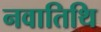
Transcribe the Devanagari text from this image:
नवातिथि